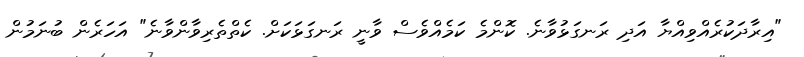
"އިރާދަކުރެއްވިއްޔާ އަދި ރަނގަޅުވާނެ. ކޮންމެ ކަމެއްވެސް ވާނީ ރަނގަޅަކަށް. ކެތްތެރިވާންވާނެ" އަހަރެން ބުނަމުން